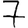
Digit: 7